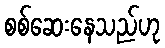
စစ်ဆေးနေသည်ဟု